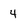
Character: 4